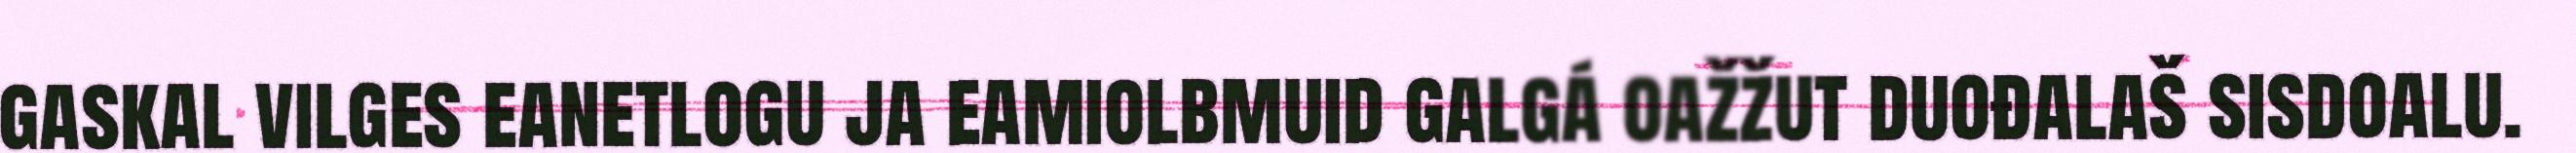
gaskal vilges eanetlogu ja eamiolbmuid galgá oažžut duođalaš sisdoalu.